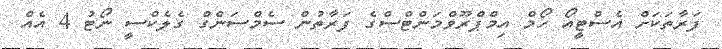
ފަރާތަކަށް އެސްޓީއޯ ހޯމް އިމްޕްރޫވްމަންޓްސްގެ ފަރާތުން ސެމްސަންގް ގެލެކްސީ ނޯޓު 4 އެއް